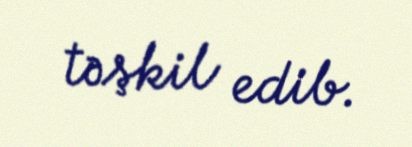
təşkil edib.